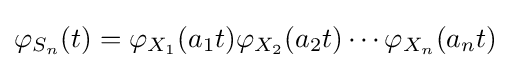
\varphi _{S_{n}}(t)=\varphi _{X_{1}}(a_{1}t)\varphi _{X_{2}}(a_{2}t)\cdots \varphi _{X_{n}}(a_{n}t)\,\!